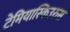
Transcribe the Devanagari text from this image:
टेमियास्किउरुस